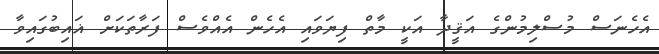
އެހެނަސް މުސްލިމުންގެ އަޤީދާ އަކީ މާތް ފިޔަވައި އެހެން އެއްވެސް ފަރާތަކަށް ޣައިބުގައިވާ